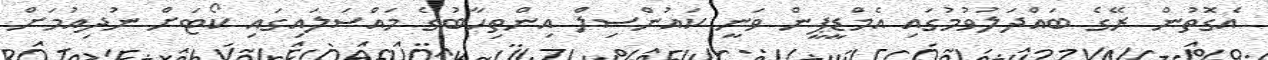
އެގޮތުން ރޭގެ ބައްދަލުވުމުގައި އެމްޑީޕީން ވަނީ ކައުންސިލް އިންތިހާބުގެ މައްސަލައިގައި ކޯޓަށް ނުދިއުމަށް